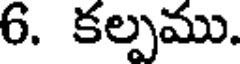
6. కల్పము.